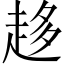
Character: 趍